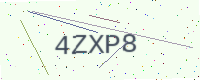
Text: 4ZXP8